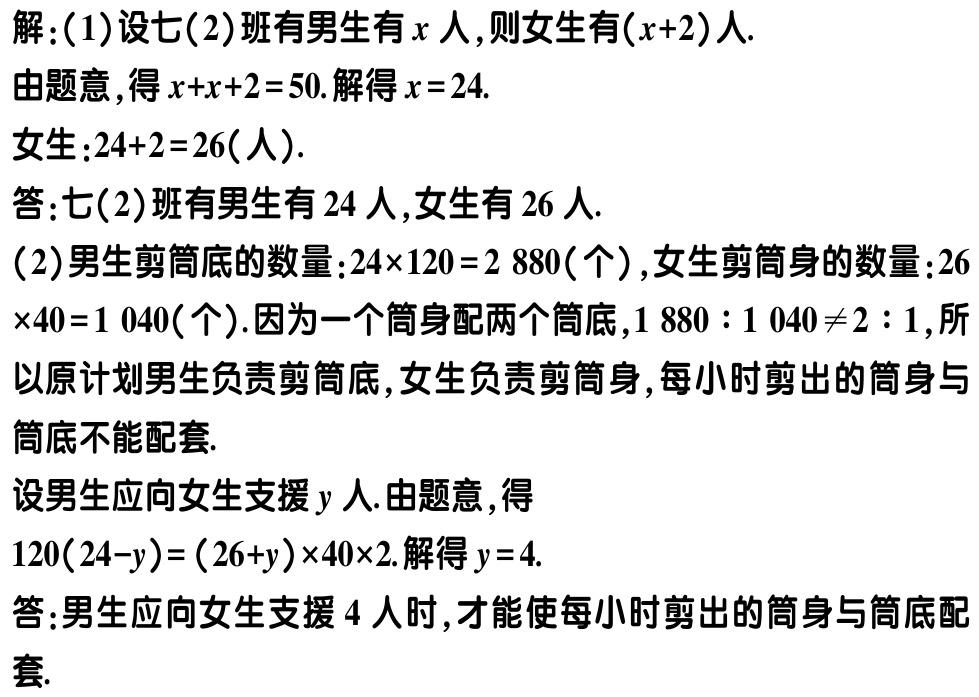
解：(1)设七(2)班有男生有\(x\)人，则女生有\((x + 2)\)人.

由题意，得\(x + x + 2 = 50\). 解得\(x = 24\).

女生：\(24 + 2 = 26\)(人).

答：七(2)班有男生有\(24\)人，女生有\(26\)人.

(2)男生剪筒底的数量：\(24\times120 = 2880\)(个)，女生剪筒身的数量：\(26\times40 = 1040\)(个). 因为一个筒身配两个筒底，\(1880:1040\neq2:1\)，所以原计划男生负责剪筒底，女生负责剪筒身，每小时剪出的筒身与筒底不能配套.

设男生应向女生支援\(y\)人. 由题意，得

\(120(24 - y)=(26 + y)\times40\times2\). 解得\(y = 4\).

答：男生应向女生支援\(4\)人时，才能使每小时剪出的筒身与筒底配套.